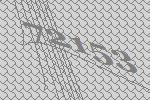
72153